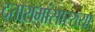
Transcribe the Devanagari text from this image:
दत्तारामांसारख्या